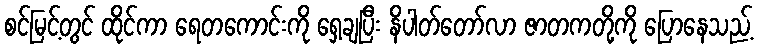
စင်မြင့်တွင် ထိုင်ကာ ရေတကောင်းကို ရှေ့ချပြီး နိပါတ်တော်လာ ဇာတကတို့ကို ပြောနေသည့်